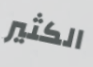
الكثير